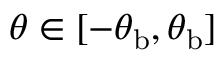
\theta \in [ - \theta _ { \mathrm { { b } } } , \theta _ { \mathrm { { b } } } ]